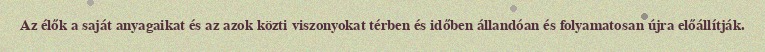
Az élők a saját anyagaikat és az azok közti viszonyokat térben és időben állandóan és folyamatosan újra előállítják.